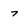
Character: 7